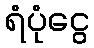
ရံပုံငွေ